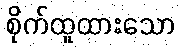
စိုက်ထူထားသော